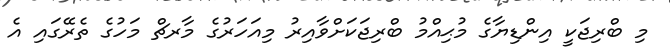
މި ބްރިޖަކީ އިންޑިޔާގެ މުޙިއްމު ބްރިޖަކަށްވާއިރު މިއަހަރުގެ މާރޗް މަހުގެ ތެރޭގައި އެ